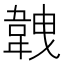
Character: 𩎥